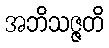
အဘိသဇ္ဇတိ